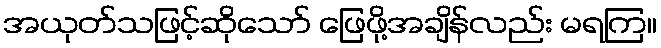
အယုတ်သဖြင့်ဆိုသော် ဖြေဖို့အချိန်လည်း မရကြ။